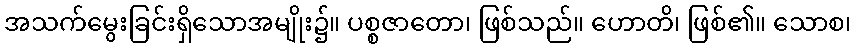
အသက်မွေးခြင်းရှိသောအမျိုး၌။ ပစ္စဇာတော၊ ဖြစ်သည်။ ဟောတိ၊ ဖြစ်၏။ သောစ၊